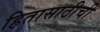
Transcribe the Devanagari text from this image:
हितासाठीची